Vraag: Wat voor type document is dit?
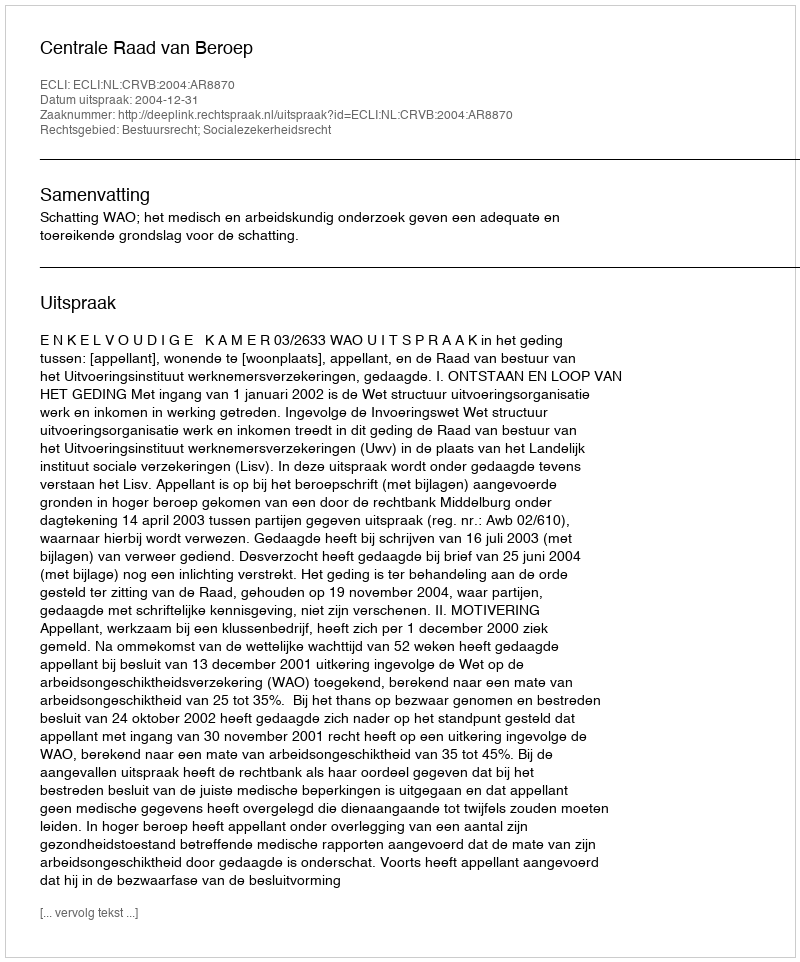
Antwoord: Uitspraak